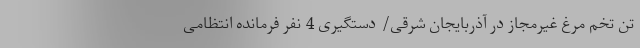
تن تخم مرغ غیرمجاز در آذربایجان شرقی/ دستگیری 4 نفر فرمانده انتظامی